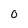
Character: 0